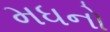
મધનો